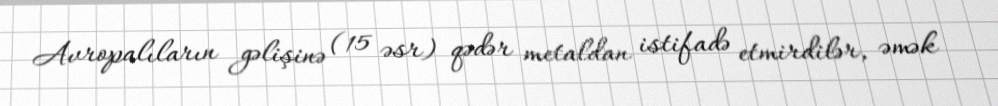
Avropalıların gəlişinə (15 əsr) qədər metaldan istifadə etmirdilər, əmək